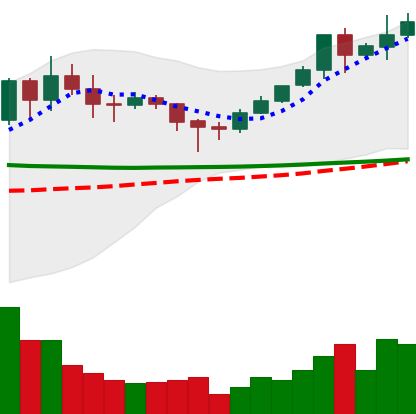
Ticker: XMR-USD
Chart end date: 2020-02-03
Forward return: 5.01%
Label: up_5_7